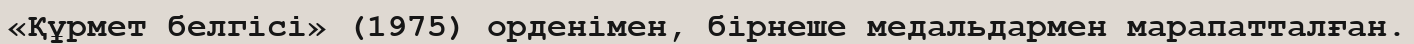
«Құрмет белгісі» (1975) орденімен, бірнеше медальдармен марапатталған.